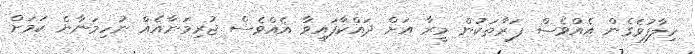
ހިލާފުވެގެން އެއްވެސް ފަރާތަކުން މީރާ އަށް ދައްކާފައިވާ އެއްވެސް ޖުރިމަނާއެއް ނުހިމަނާނެ ކަމަށް